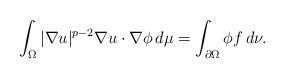
LaTeX: \begin{align*}\int_{\Omega}|\nabla u|^{p-2}\nabla u\cdot\nabla\phi\,d\mu=\int_{\partial\Omega}\phi f\,d\nu.\end{align*}